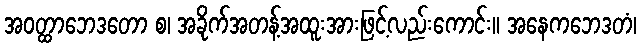
အဝတ္ထာဘေဒတော စ၊ အခိုက်အတန့်အထူးအားဖြင့်လည်းကောင်း။ အနေကဘေဒတံ၊